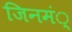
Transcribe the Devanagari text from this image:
जिनमं्